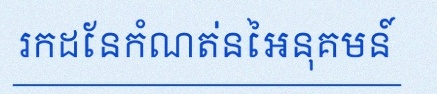
រកដែនកំណត់នៃអនុគមន៍